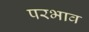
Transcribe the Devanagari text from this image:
परभाव